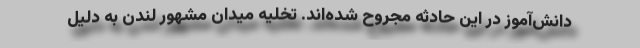
دانش‌آموز در این حادثه مجروح شده‌اند. تخلیه میدان مشهور لندن به‌ دلیل